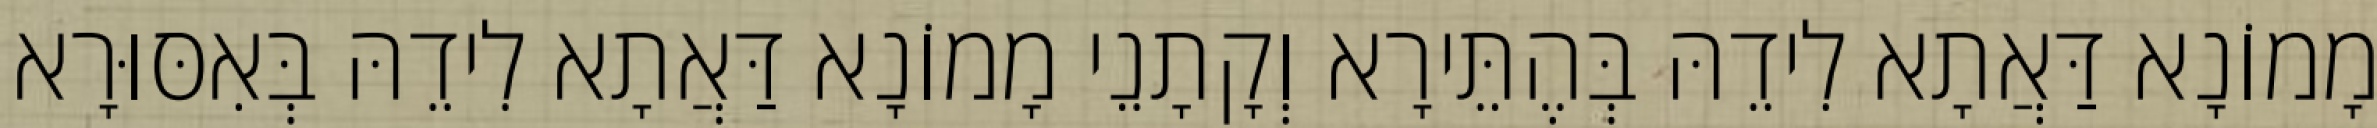
מָמוֹנָא דַּאֲתָא לִידֵהּ בְּהֶתֵּירָא וְקָתָנֵי מָמוֹנָא דַּאֲתָא לִידֵהּ בְּאִסּוּרָא